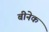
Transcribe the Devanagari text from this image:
बीनेक